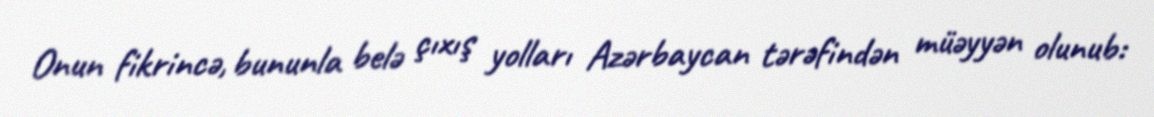
Onun fikrincə, bununla belə çıxış yolları Azərbaycan tərəfindən müəyyən olunub: